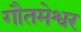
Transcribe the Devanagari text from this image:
गौतमेश्वर